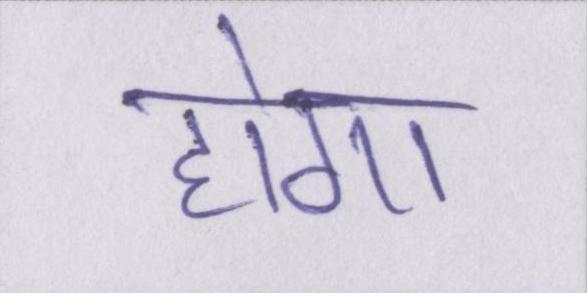
होगा